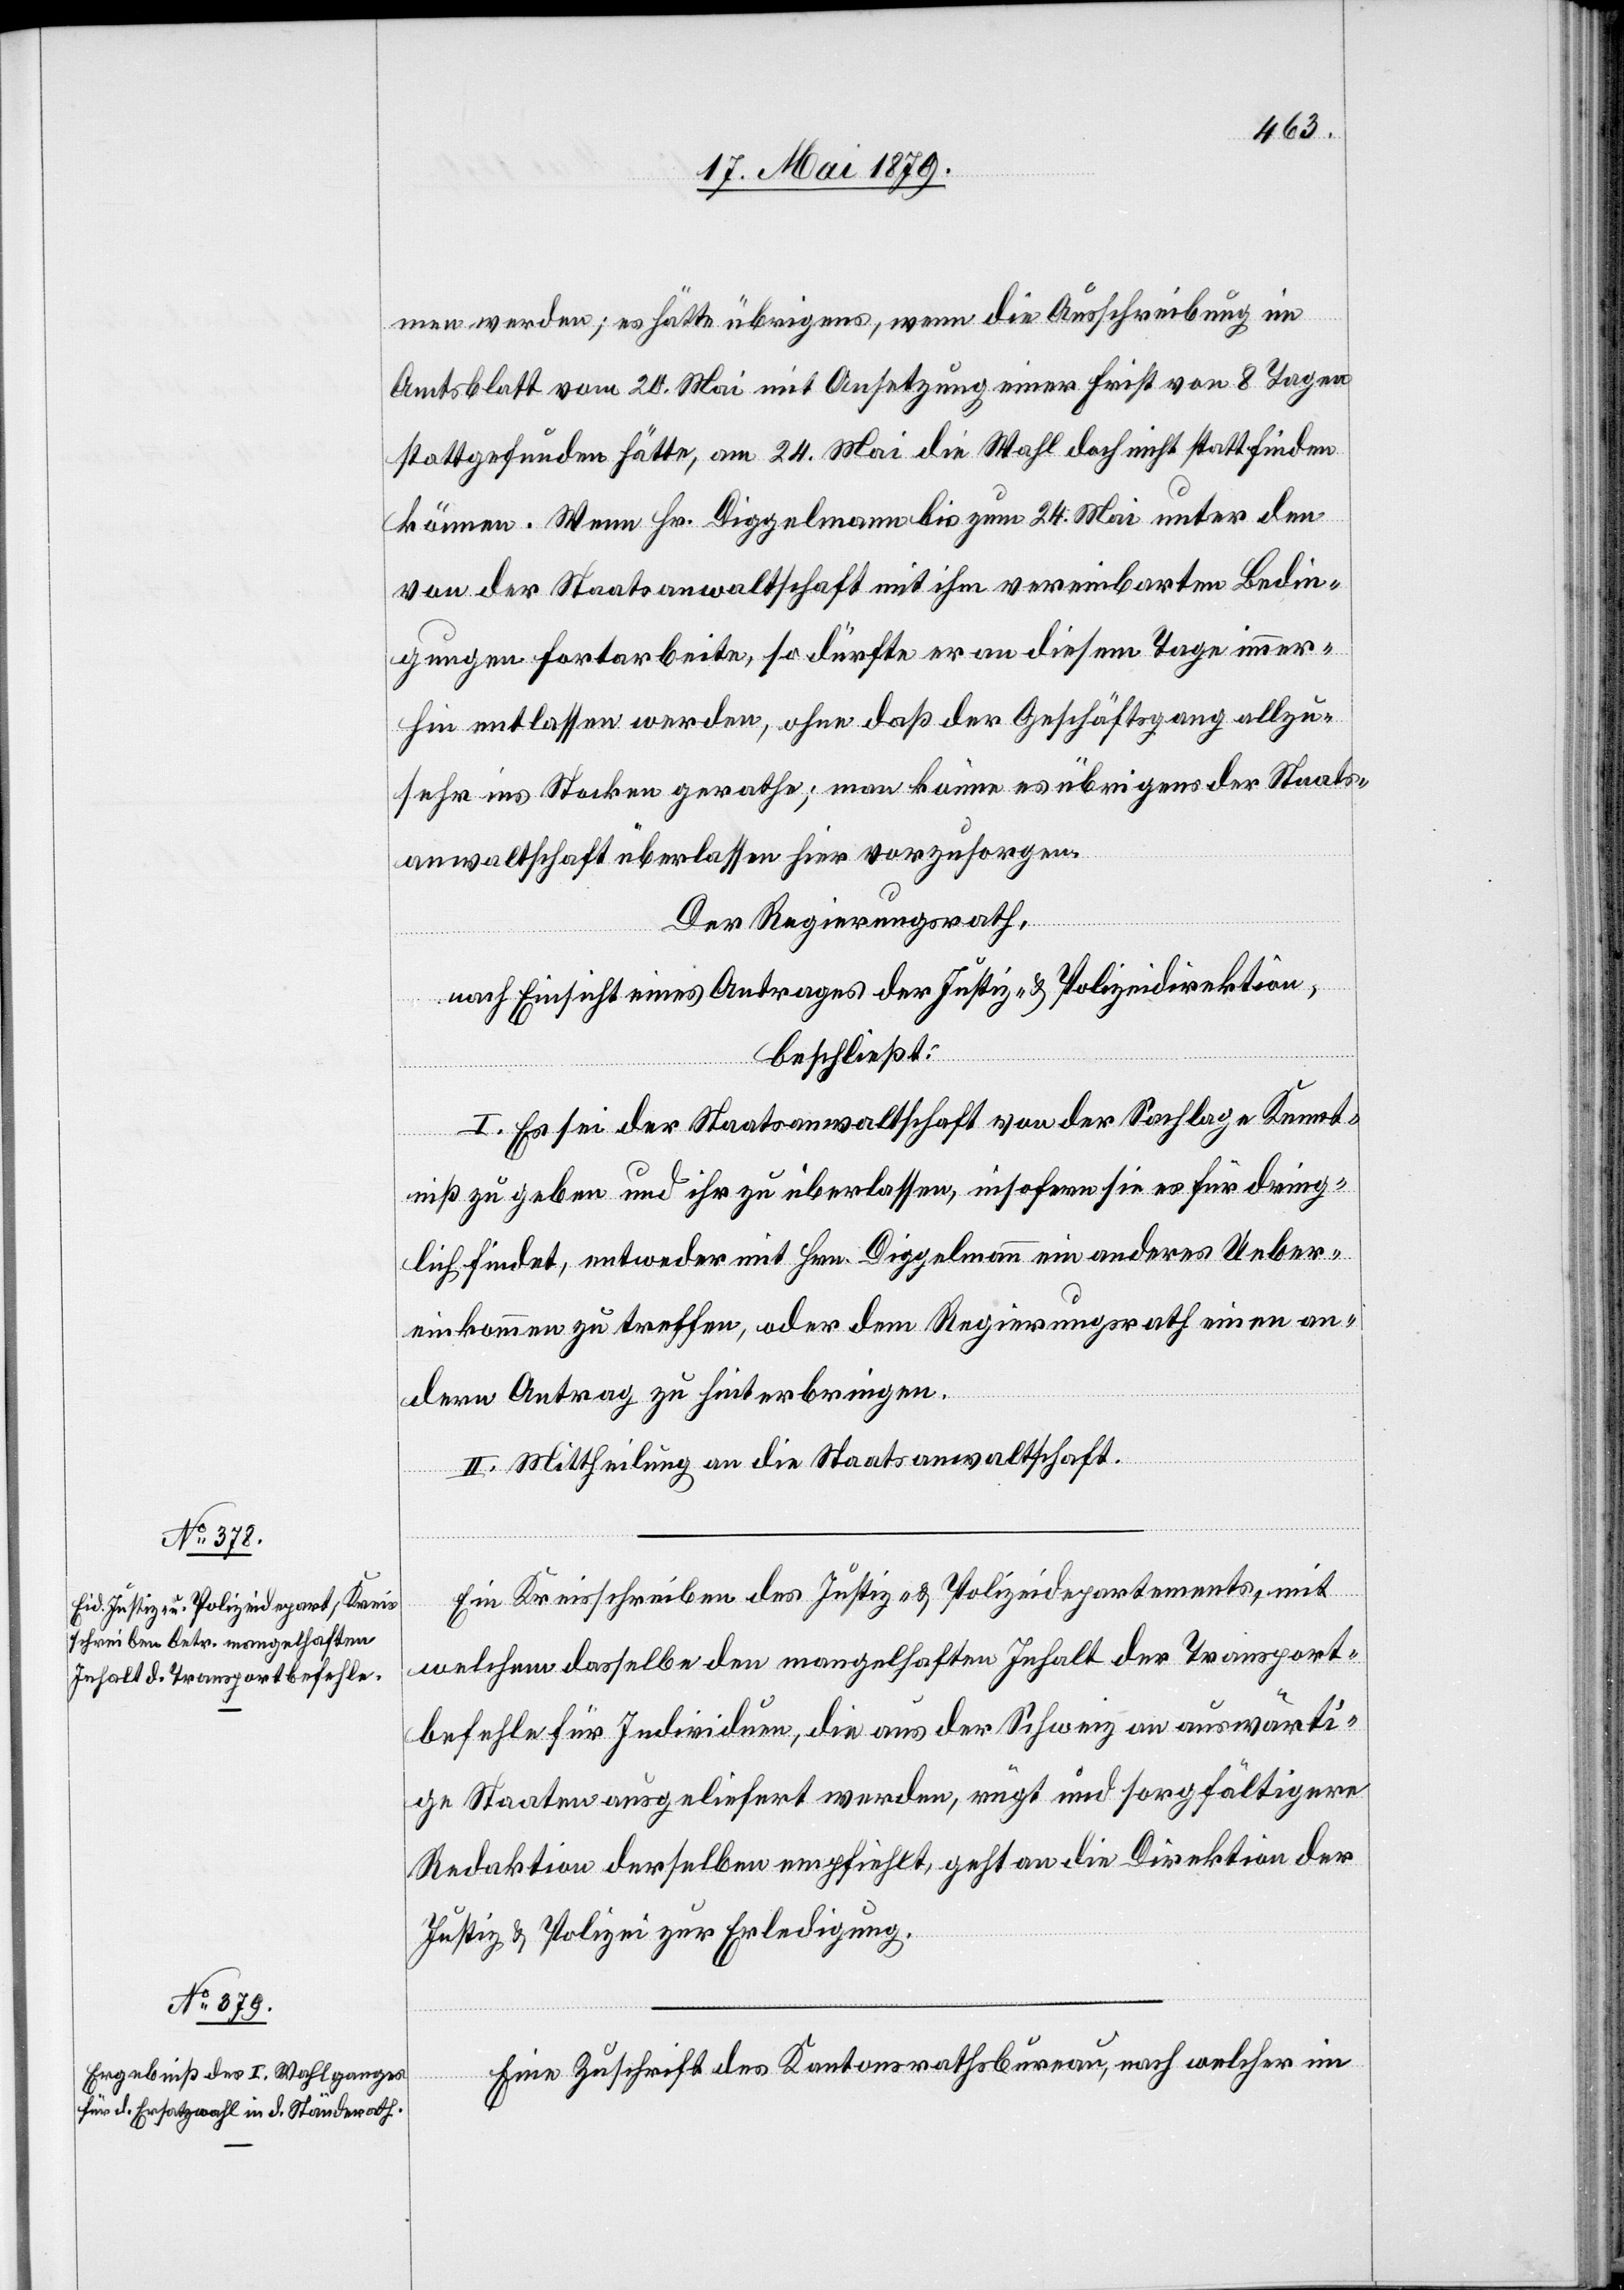
21. Mai 1879.]
men werden; es hätte übrigens, wenn die Ausschreibung im
Amtsblatt vom 20. Mai mit Ansetzung einer Frist von 8 Tagen
stattgefunden hätte, am 24. Mai die Wahl doch nicht stattfinden
können. Wenn Hr. Diggelmann bis zum 24. Mai unter den
von der Staatsanwaltschaft mit ihm vereinbarten Bedin¬
gungen fortarbeite, so dürfte er an diesem Tage immer¬
hin entlassen werden, ohne daß der Geschäftsgang allzu¬
sehr ins Stocken gerathe; man könne es übrigens der Staats¬
anwaltschaft überlassen hier vorzusorgen.
Der Regierungsrath,
nach Einsicht eines Antrages der Justiz- & Polizeidirektion,
beschließt:
I. Es sei der Staatsanwaltschaft von der Sachlage Kennt¬
niß zu geben und ihr zu überlassen, insofern sie es für dring¬
lich findet, entweder mit Hrn. Diggelmann ein anderes Ueber¬
einkommen zu treffen, oder dem Regierungsrath einen an¬
dern Antrag zu hinterbringen.
II. Mittheilung an die Staatsanwaltschaft.
Ein Kreisschreiben des Justiz- & Polizeidepartements, mit
welchem dasselbe den mangelhaften Inhalt der Transport¬
befehle für Individuen, die aus der Schweiz an auswärti¬
ge Staaten ausgeliefert werden, rügt und sorgfältigere
Redaktion derselben empfiehlt, geht an die Direktion der
Justiz & Polizei zur Erledigung.
Eine Zuschrift des Kantonsrathsbureau, nach welcher im